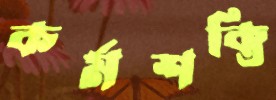
কর্মশক্তি